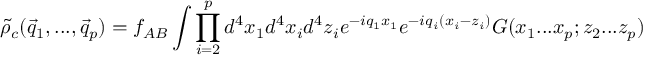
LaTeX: { \tilde { \rho } } _ { c } ( { \vec { q } } _ { 1 } , . . . , { \vec { q } } _ { p } ) = f _ { A B } \int \prod _ { i = 2 } ^ { p } d ^ { 4 } x _ { 1 } d ^ { 4 } x _ { i } d ^ { 4 } z _ { i } e ^ { - i q _ { 1 } x _ { 1 } } e ^ { - i q _ { i } ( x _ { i } - z _ { i } ) } G ( x _ { 1 } . . . x _ { p } ; z _ { 2 } . . . z _ { p } )